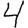
Digit: 4